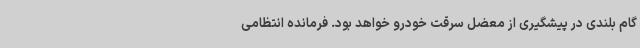
گام بلندی در پیشگیری از معضل سرقت خودرو خواهد بود. فرمانده انتظامی